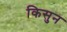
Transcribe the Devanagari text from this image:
किसुन